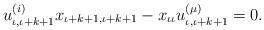
LaTeX: \begin{align*} u_{\iota,\iota+k+1}^{(i)} x_{\iota+k+1, \iota+ k+1} - x_{\iota \iota} u_{\iota ,\iota+k+1}^{( \mu )} =0. \end{align*}